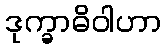
ဒုက္ခာဓိဝါဟာ